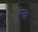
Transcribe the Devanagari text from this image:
रेम्ब्रा